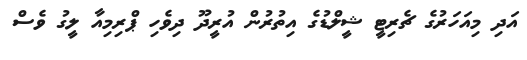
އަދި މިއަހަރުގެ ޗެރިޓީ ޝީލްޑުގެ އިތުރުން އުރީދޫ ދިވެހި ޕްރިމިއާ ލީގު ވެސް